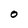
Character: O